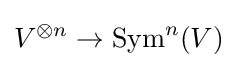
V^{\otimes n}\to \operatorname {Sym} ^{n}(V)